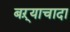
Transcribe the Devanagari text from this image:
बऱ्याचादा